Report on vaccination in Madras 1922-1929 - 1922-1929
Year: 1922
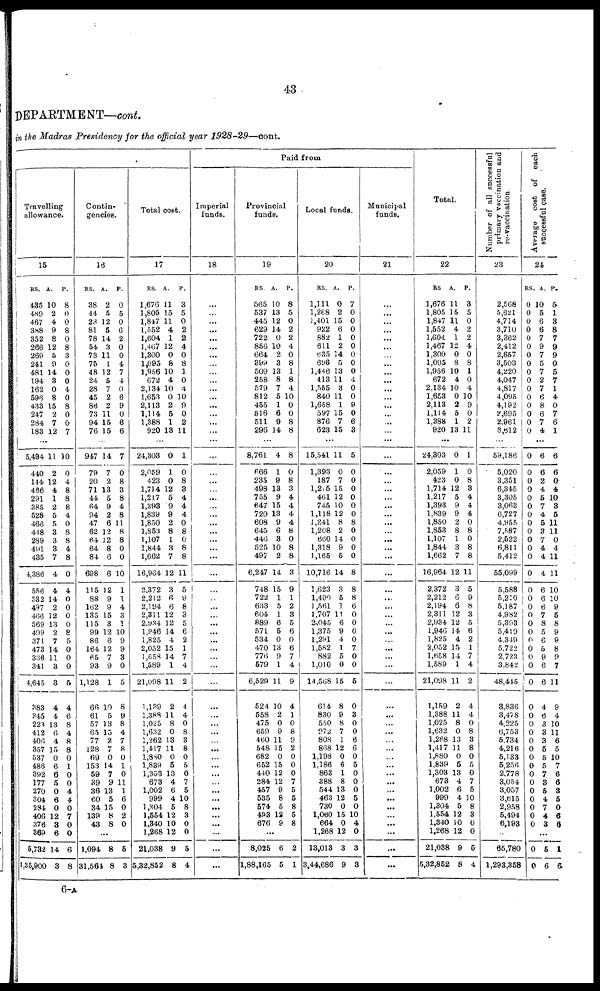
43
DEPARTMENT—cont.
in the Madras Presidency for the official year 1928-29—cont.
Travelling
allowance.
15
RS.
435
489
467
388
352
266
269
241
481
194
162
596
433
247
284
183
A.
10
2
4
9
8
12
5
9
14
3
0
8
15
2
7
12
P.
8
0
0
8
0
8
3
0
0
0
4
0
8
0
0
7
...
5,494
440
144
466
291
385
528
466
448
289
491
435
4,386
556
532
497
466
569
499
371
473
336
341
4,645
383
345
223
412
406
357
537
486
392
177
270
304
284
406
376
369
5,782
1,35,900
11
2
12
4
1
2
5
5
3
3
3
7
4
4
14
2
12
13
2
7
14
11
3
3
4
4
13
6
4
15
0
6
6
5
0
6
0
12
8
6
14
3
10
0
4
8
8
8
4
0
8
8
4
8
0
4
0
0
0
0
8
5
0
0
0
5
4
6
8
4
8
8
0
1
0
0
4
4
0
7
0
0
6
8
Contin-
gencies.
16
RS.
38
44
23
81
78
54
73
75
48
24
28
45
86
73
94
76
A.
2
5
12
5
14
3
11
1
12
5
7
2
2
11
15
15
P.
0
5
0
6
2
0
0
4
7
4
0
6
9
0
6
6
...
947
79
20
71
44
64
94
47
62
64
64
84
698
115
88
162
135
115
99
86
164
65
93
1,128
66
61
57
65
77
128
69
153
59
39
36
60 34
139
43
14
7
2
13
5
9
2
6
12
12
8
6
6
12
9
9
15
3
12
6
12
7
9
1
10
5
13
15
2
7
0
14
7
9
13
5
15
8
8
7
0
8
3
8
4
8
11
8
8
0
0
10
1
1
4
3
1
10
9
9
3
0
5
8
9
8
4
7
8
0
1
0
11
1
6
0
2
0
...
1,094
31,564
8
8
5
3
Total cost.
17
RS.
1,676
1,805
1,847
1,552
1,604
1,467
1,300
1,095
1,956
672
2,134
1,653
2,113
1,114
1,388
920
A.
11
15
11
4
1
12
0
8
10
4
10
0
2
5
1
13
P.
3
5
0
2
2
4
0
8
1
0
4
10
9
0
2
11
...
24,303
2,059
423
1,714
1,2L7
1,393
1,839
1,850
1,853
1,107
1,844
1,662
16,964
2,372
2,212
2,194
2,311
2,934
1,946
1,825
2,052
1,658
1,589
21,098
1,139
1,388
1,025
1,632
1,262
1,417
1,880
1,839
1,303
673
1,002
999
1,304
1,554
1,340
1,268
21,038
5,32,852
0
1
0
12
5
9
9
2
8
1
3
7
12
3
6
6
12
12
14
4
15
14
1
11
2
11
8
0
13
11
0
5
13
4
6
4
5
12
10
12
9
8
1
0
8
3
4
4
4
0
8
0
8
8
11
5
9
8
3
5
6
2
1
7
4
2
4
4
0
8
3
8
0
5
0
7
5
10
8
3
0
0
5
4
Paid from
Imperial
funds.
18
...
...
...
...
...
...
...
...
...
...
...
...
...
...
...
...
...
...
...
...
...
...
...
...
...
...
...
...
...
...
...
...
...
...
...
...
...
...
...
...
...
...
...
...
...
...
...
...
...
...
...
...
...
...
...
...
...
...
...
Provincial
funds.
19
RS.
565
537
445
629
722
856
664
399
509
258
579
812
455
516
511
296
A.
10
13
12
14
0
10
2
3
13
8
7
5
1
6
9
14
P.
8
5
0
2
2
4
0
8
1
8
4
10
0
0
8
8
...
8,761
666
235
498
755
647
720
608
645
440
525
497
6,247
748
722
633
604
889
571
534
470
776
579
6,529
524
558
475
659
460
548
682
652
440
284
457
535
574
493
676
4
1
9
13
9
15
13
9
6
3
10
2
14
15
1
5
1
6
5
0
13
9
1
11
10
2
0
9
11
15
0
15
12
12
9
8
5
12
9
8
0
8
3
4
4
4
4
8
0
8
8
3
9
1
2
3
5
6
0
6
7
4
9
4
1
0
8
9
2
0
0
0
7
5
5
8
5
8
...
8,025
1,88,165
6
5
2
1
Local funds.
20
RS.
1,111
1,268
1,401
922
882
611
635
696
1,446
413
1,555
840
1,658
597
876
623
A.
0
2
15
6
1
2
14
5
13
11
3
11
1
15
7
15
P.
7
0
0
0
0
0
0
0
0
4
0
0
9
0
6
3
...
15,541
1,393
187
1,215
461
745
1,118
1,241
1,208
660
1,318
1,165
10,716
1,623
1,490
1,561
1,707
2,045
1,375
1,291
1,582
882
1,010
14,568
614
830
550
972
808
868
1,198
1,186
863
388
544
463
730
1,060
664
1,268
13,013
3,44,686
11
0
7
15
12
10
12
8
2
14
9
5
14
3
5
1
11
6
9
4
1
5
0
15
8
9
8
7
1
12
0
6
1
8
13
12
0
15
0
12
3
9
5
0
0
0
0
0
0
8
0
0
0
0
8
8
8
6
0
0
0
0
7
0
0
5
0
3
0
0
6
6
0
5
0
0
0
5
0
10
4
0
3
8
Municipal
funds.
21
...
...
...
...
...
...
...
...
...
...
...
...
...
...
...
...
...
...
...
...
...
...
...
...
...
...
...
...
...
...
...
...
...
...
...
...
...
...
...
...
...
...
...
...
...
...
...
...
...
...
...
...
...
...
...
...
...
...
...
Total.
22
RS
1,676
1,805
1,847
1,552
1,604
1,467
1,300
1,095
1,956
672
2,134
1,653
2,113
1,114
1,388
920
A.
11
15
11
4
1
12
0
8
10
4
10
0
2
5
1
13
P.
3
5
0
2
2
4
0
8
1
0
4
10
9
0
2
11
...
24,303
2,059
423
1,714
1,217
1,393
1,839
1,850
1,853
1,107
1,844
1,662
16,964
2,372
2,212
2,194
2,311
2,934
1,946
1,825
2,052
1,658
1,589
21,098
1,159
1,388
1,025
1,632
1,268
1,417
1,880
1,839
1,303
673
1,002
999
1,304
1,554
1,340
1,268
21,038
5,32,852
0
1
0
12
5
9
9
2
8
1
3
7
12
3
6
6
12
12
14
4
15
14
1
11
2
11
8
0
13
11
0
5
13
4
6
4
5
12
10
12
9
8
1
0
8
3
4
4
4
0
8
0
8
8
11
5
9
8
3
5
6
2
1
7
4
2
4
4
0
8
3
8
0
5
0
7
5
10
8
3
0
0
5
4
Number of all successful
primary vaccination and
re-vaccination.
23
2,568
5,621
4,714
3,710
3,362
2,412
2,657
3,503
4,220
4,047
4,817
4,095
4,192
2,695
2,961
3,612
...
59,186
5,020
3,351
6,345
3,305
3,063
6,727
4,955
7,587
2,522
6,811
5,412
55,099
5,588
5,210
5,187
4,982
5,393
5,419
4,349
5,722
2,723
3,842
48,445
3,836
3,478
4,225
6,753
5,734
4,216
5,133
5,256
2,778
3,054
3,057
3,615
2,958
5,494
6,193
...
65,780
1,293,358
Average cost of each
successful case.
24
RS.
0
0
0
0
0
0
0
0
0
0
0
0
0
0
0
0
A.
10
5
6
6
7
9
7
5
7
2
7
6
8
6
7
4
P.
5
1
3
8
7
9
9
0
5
7
1
4
0
7
6
1
...
0
0
0
0
0
0
0
0
0
0
0
0
0
0
0
0
0
0
0
0
0
0
0
0
0
0
0
0
0
0
0
0
0
0
0
0
0
0
0
6
6
2
4
5
7
4
5
3
7
4
4
4
6
6
6
7
8
5
6
5
9
6
6
4
6
3
3
3
5
5
5
7
3
5
4
7
4
3
6
6
0
4
10
3
5
11
11
0
4
11
11
10
10
9
5
8
9
9
8
9
7
11
9
4
10
11
6
5
10
7
6
6
3
5
0
6
6
...
0
0
5
6
1
6
6—A